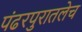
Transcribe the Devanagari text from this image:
पंढरपुरातलेच